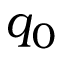
q _ { 0 }